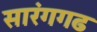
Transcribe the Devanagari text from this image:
सारंगगढ